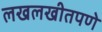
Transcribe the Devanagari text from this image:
लखलखीतपणे